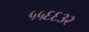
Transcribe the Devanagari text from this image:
५५६६३२